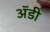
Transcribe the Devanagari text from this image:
अॅडी